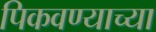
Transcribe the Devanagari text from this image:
पिकवण्याच्या